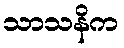
သာသနိက